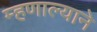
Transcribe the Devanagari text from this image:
म्हणाल्याने